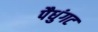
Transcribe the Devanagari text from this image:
पैधुंगट